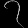
Digit: ၇